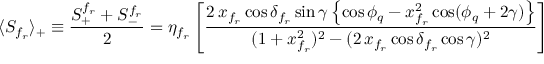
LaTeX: \langle S _ { f _ { r } } \rangle _ { + } \equiv \frac { S _ { + } ^ { f _ { r } } + S _ { - } ^ { f _ { r } } } { 2 } = \eta _ { f _ { r } } \left[ \frac { 2 \, x _ { f _ { r } } \cos \delta _ { f _ { r } } \sin \gamma \left\{ \cos \phi _ { q } - x _ { f _ { r } } ^ { 2 } \cos ( \phi _ { q } + 2 \gamma ) \right\} } { ( 1 + x _ { f _ { r } } ^ { 2 } ) ^ { 2 } - ( 2 \, x _ { f _ { r } } \cos \delta _ { f _ { r } } \cos \gamma ) ^ { 2 } } \right]